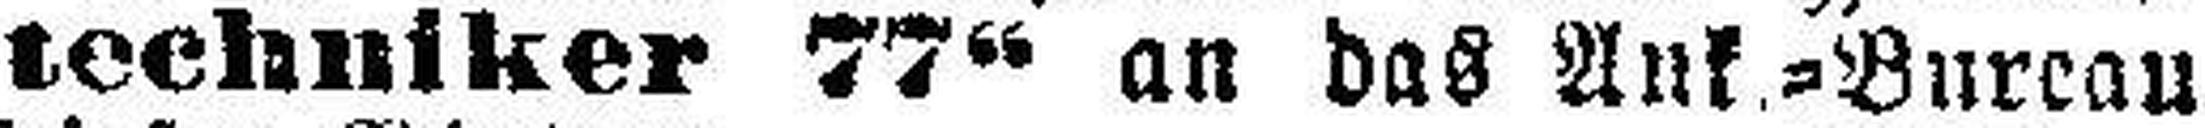
techniker 77“ an das Ank.=Bureau